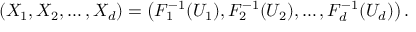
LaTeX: ( X _ { 1 } , X _ { 2 } , \dots , X _ { d } ) = \left( F _ { 1 } ^ { - 1 } ( U _ { 1 } ) , F _ { 2 } ^ { - 1 } ( U _ { 2 } ) , \dots , F _ { d } ^ { - 1 } ( U _ { d } ) \right) .